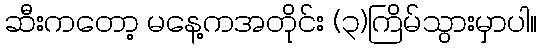
ဆီးကတော့ မနေ့ကအတိုင်း (၃)ကြိမ်သွားမှာပါ။